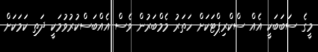
މީގެ ސަބަބަކީ އެއް ސްކްރިޕްޓަކަށް ހަތަރު މެމްބަރުން ވެސް އެއްބަސްކުރުވުމަކީ ދަތި ކަމަކަށް